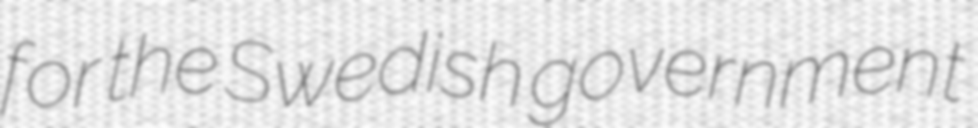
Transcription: for the Swedish government